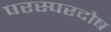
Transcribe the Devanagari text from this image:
परस्परदोष